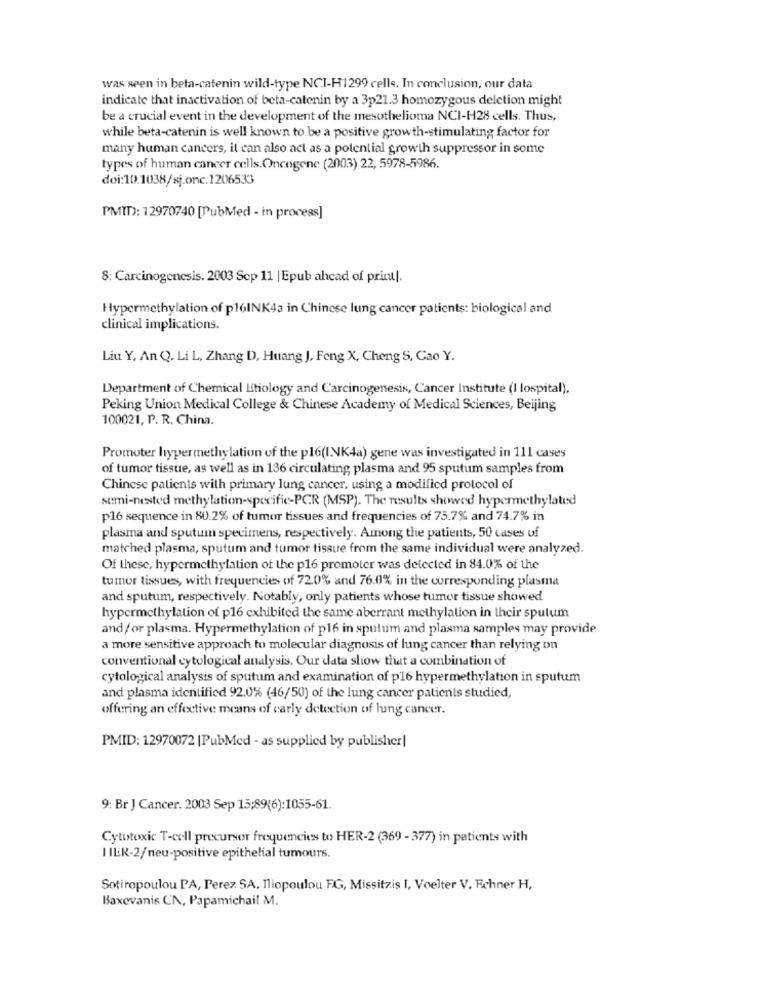
was seen in beta-catenin wild-type NCI-H1299 cells. In conclusion, our data
indicate that inactivation of beta-catenin by a 3p21.3 homozygous deletion might
be a crucial event in the development of the mesothelioma NCI-H28 cells. Thus,
while beta-catenin is well known to be a positive growth-stimulating factor for
many human cancers, it can also act as a potential growth suppressor in some
types of human cancer cells. Oncogene (2003) 22, 5978-5986.
doi:10.1038/sj.onc.1206533
PMID): 12970740 [PubMed - in process]
8: Carcinogenesis. 2003 Sep 11 | Epub ahead of print|.
Hypermethylation of p16INK43 in Chinese lung cancer patients: biological and
clinical implications.
Liu Y, An Q. Li L, Zhang D, Huang J, Feng X, Cheng S, Cao Y.
Department of Chemical Ltiology and Carcinogenesis, Cancer Institute (I lospital).
Peking Union Medical College & Chinese Academy of Medical Sciences, Beijing
100021, P. R. China.
Promoter hypermethylation of the plo(INK4a) gene was investigated in 111 cases
of tumor tissue, as well as in 136 circulating plasma and 95 sputum samples from
Chinese patients with primary lung cancer, using a modified protocol of
semi-nested methylation-specific-PCR (MSP). The results showed hypermethylated
p16 sequence in 80.2% of tumor tissues and frequencies of 75.7% and 74.7% in
plasma and sputum specimens, respectively. Among the patients, 50 cases uf
matched plasma, sputum and tumor tissue from the same individual were analyzed.
Of these, hypermethylation of the p16 promoter was detected in 84.0% of the
tumor tissues, with frequencies of 720% and 76.0% in the corresponding plasma
and sputum, respectively. Notably, only patients whose tumor tissue showed
hypermethylation of p16 exhibited the same aberrant methylation in their sputum
and/ or plasma. Hypermethylation of p16 in sputum and plasma samples may provide
a more sensitive approach to molecular diagnosis of lung cancer than relying on
conventional cytological analysis. Our data show that a combination of
cytological analysis of sputum and examination of p'16 hypermethylation in sputum
and plasma identified 92.0% (46/50) of the lung cancer patients studied,
offering an effective means of early detection of lung cancer.
PMID: 12970072 |PubMed - as supplied by publisher|
9: Br J Cancer. 2003 Sep 15:89(6):1055-61.
Cytotoxic T-cell precursor frequencies to HER-2 (369 - 377) in patients with
I IER-2/neu-positive epithelial tumours.
Sotiropoulou PA, Perez SA, Tiopoulou FG, Missitzis I, Voelter V. Fchner H,
Baxevanis CN, Papamichail M.